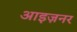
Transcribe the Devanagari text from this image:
आइज़नर